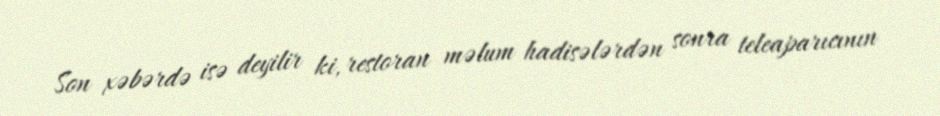
Son xəbərdə isə deyilir ki, restoran məlum hadisələrdən sonra teleaparıcının